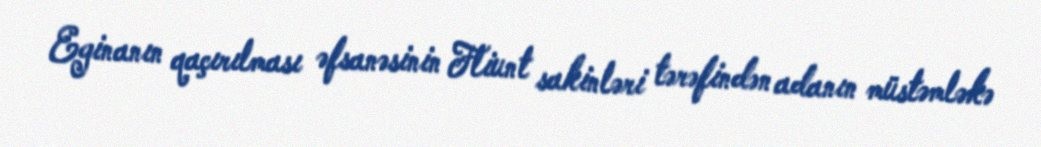
Eginanın qaçırılması əfsanəsinin Fliunt sakinləri tərəfindən adanın müstəmləkə